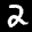
Label: 2